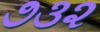
૭૩૨